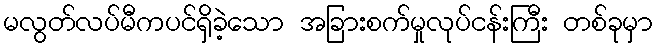
မလွတ်လပ်မီကပင်ရှိခဲ့သော အခြားစက်မှုလုပ်ငန်းကြီး တစ်ခုမှာ